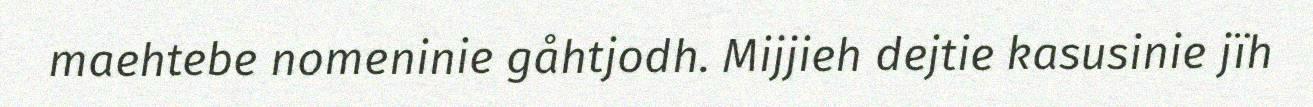
maehtebe nomeninie gåhtjodh. Mijjieh dejtie kasusinie jïh